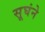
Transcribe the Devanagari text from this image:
सूघंने